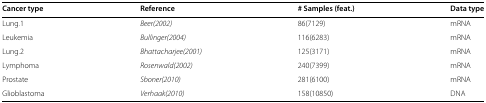
| Cancer type | Reference | # Samples (feat.) | Data type |
 | --- | --- | --- | --- |
 | Lung.1 | Beer(2002) | 86(7129) | mRNA |
 | Leukemia | Bullinger(2004) | 116(6283) | mRNA |
 | Lung.2 | Bhattacharjee(2001) | 125(3171) | mRNA |
 | Lymphoma | Rosenwald(2002) | 240(7399) | mRNA |
 | Prostate | Sboner(2010) | 281(6100) | mRNA |
 | Glioblastoma | Verhaak(2010) | 158(10850) | DNA |